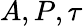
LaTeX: A,P,\tau